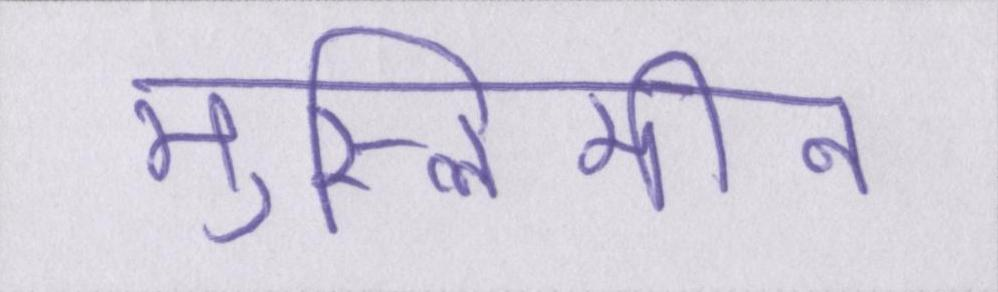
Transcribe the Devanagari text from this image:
मुस्लिमीन